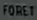
FORET